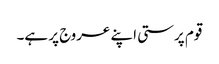
قوم پرستی اپنے عروج پر ہے۔